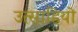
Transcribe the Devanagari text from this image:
उत्साहियो